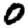
Digit: 0